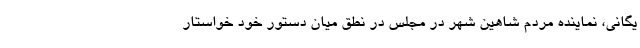
یگانی، نماینده مردم شاهین شهر در مجلس در نطق میان دستور خود خواستار